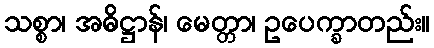
သစ္စာ၊ အဓိဋ္ဌာန်၊ မေတ္တာ၊ ဥပေက္ခာတည်း။